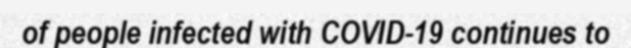
of people infected with COVID-19 continues to